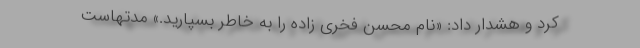
کرد و هشدار داد: «نام محسن فخری زاده را به خاطر بسپارید.» مدتهاست